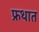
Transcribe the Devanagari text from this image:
फ्रथात